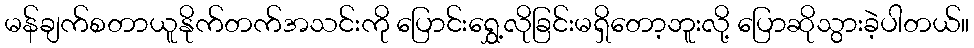
မန်ချက်စတာယူနိုက်တက်အသင်းကို ပြောင်းရွှေ့လိုခြင်းမရှိတော့ဘူးလို့ ပြောဆိုသွားခဲ့ပါတယ်။